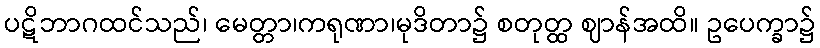
ပဋိဘာဂထင်သည်၊ မေတ္တာ၊ကရုဏာ၊မုဒိတာ၌ စတုတ္ထ ဈာန်အထိ။ ဥပေက္ခာ၌